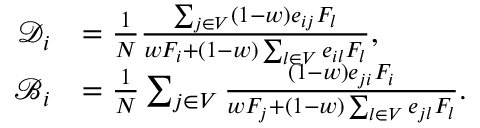
\begin{array} { r l } { \mathcal { D } _ { i } } & { = \frac { 1 } { N } \frac { \sum _ { j \in V } ( 1 - w ) e _ { i j } F _ { l } } { w F _ { i } + ( 1 - w ) \sum _ { l \in V } e _ { i l } F _ { l } } , } \\ { \mathcal { B } _ { i } } & { = \frac { 1 } { N } \sum _ { j \in V } \frac { ( 1 - w ) e _ { j i } F _ { i } } { w F _ { j } + ( 1 - w ) \sum _ { l \in V } e _ { j l } F _ { l } } . } \end{array}